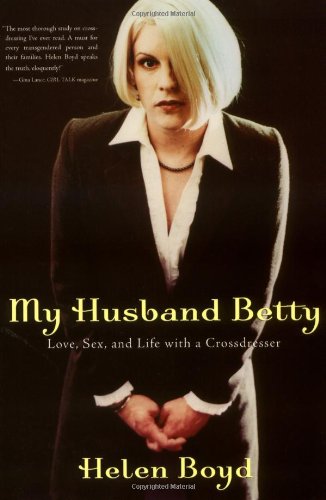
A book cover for My Husband Betty: Love, Sex, and Life with a Crossdresser; Helen Boyd; Gay & Lesbian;